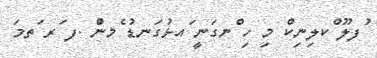
ުފލޫ ްކލިނިކް މި ހި ްނގަނީ ައޅުގަނޑު ެމންު .ފ ަރ ަތމަ